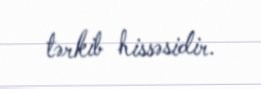
tərkib hissəsidir.